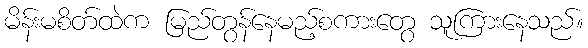
မိန်းမစိတ်ထဲက မြည်တွန်နေမည့်စကားတွေ သူကြားနေသည်။